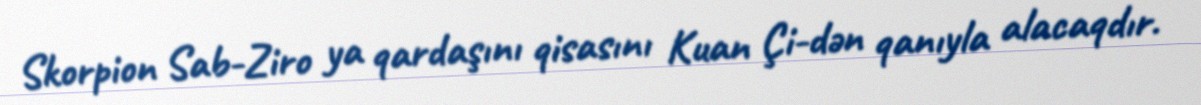
Skorpion Sab-Ziro ya qardaşını qisasını Kuan Çi-dən qanıyla alacaqdır.